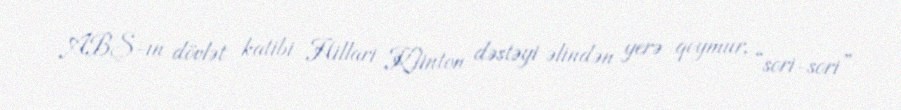
ABŞ-ın dövlət katibi Hillari Klinton dəstəyi əlindən yerə qoymur, “sori-sori”